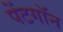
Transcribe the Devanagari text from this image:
पेंटगॉन